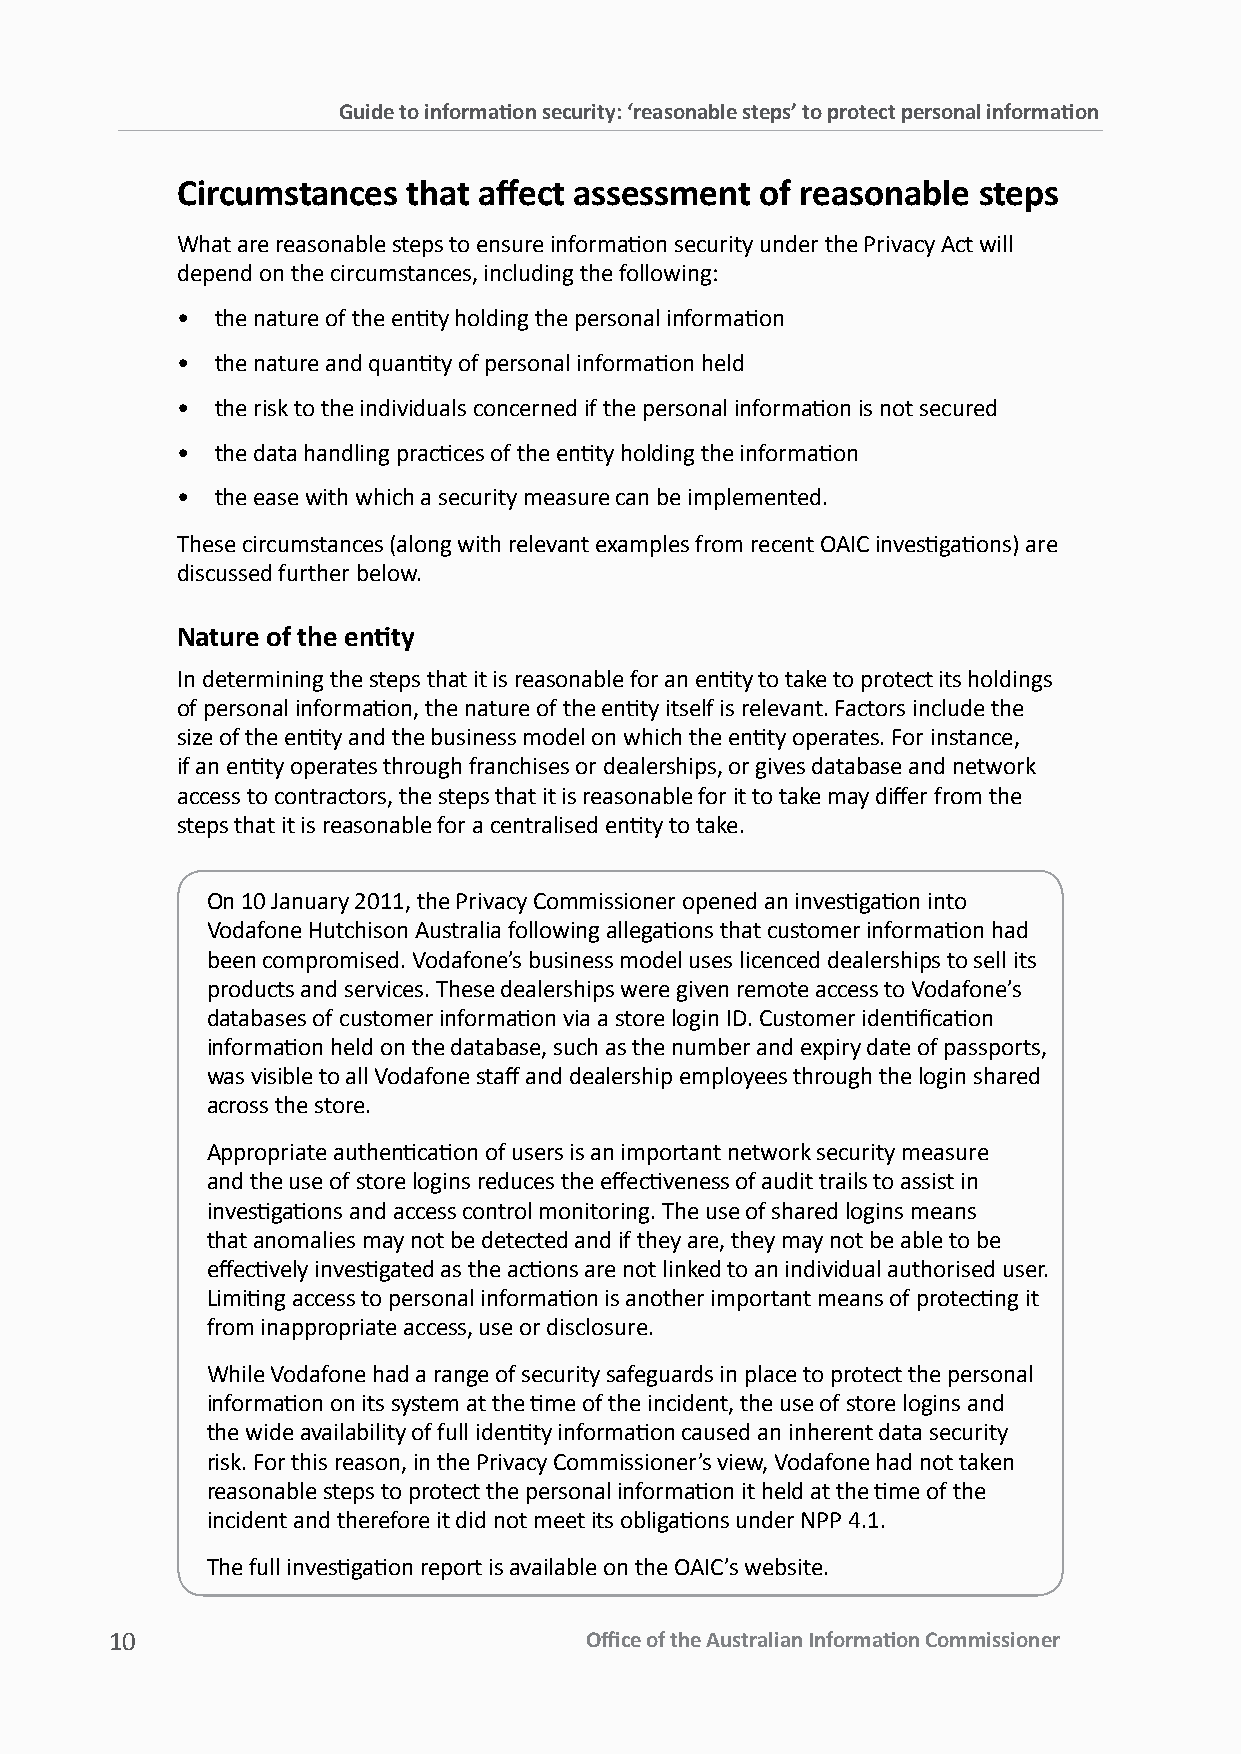
Guide to information security: ‘reasonable steps’ to protect personal information
 Circumstances  that affect assessment of reasonable  steps
 What are reasonable steps to ensure information security under the Privacy Act will
 depend on the circumstances, including the following:
 • the nature of the entity holding the personal information
 • the nature and quantity of personal information held
 • the risk to the individuals concerned if the personal information is not secured
 • the data handling practices of the entity holding the information
 • the ease with which a security measure can be implemented.
 These circumstances (along with relevant examples from recent OAIC investigations) are
 discussed further below.
 Nature of the entity
 In determining the steps that it is reasonable for an entity to take to protect its holdings
 of personal information, the nature of the entity itself is relevant. Factors include the
 size of the entity and the business model on which the entity operates. For instance,
 if an entity operates through franchises or dealerships, or gives database and network
 access to contractors, the steps that it is reasonable for it to take may differ from the
 steps that it is reasonable for a centralised entity to take.
 On 10 January 2011, the Privacy Commissioner opened an investigation into
 Vodafone Hutchison Australia following allegations that customer information had
 been compromised. Vodafone’s business model uses licenced dealerships to sell its
 products and services. These dealerships were given remote access to Vodafone’s
 databases of customer information via a store login ID. Customer identification
 information held on the database, such as the number and expiry date of passports,
 was visible to all Vodafone staff and dealership employees through the login shared
 across the store.
 Appropriate authentication of users is an important network security measure
 and the use of store logins reduces the effectiveness of audit trails to assist in
 investigations and access control monitoring. The use of shared logins means
 that anomalies may not be detected and if they are, they may not be able to be
 effectively investigated as the actions are not linked to an individual authorised user.
 Limiting access to personal information is another important means of protecting it
 from inappropriate access, use or disclosure.
 While Vodafone had a range of security safeguards in place to protect the personal
 information on its system at the time of the incident, the use of store logins and
 the wide availability of full identity information caused an inherent data security
 risk. For this reason, in the Privacy Commissioner’s view, Vodafone had not taken
 reasonable steps to protect the personal information it held at the time of the
 incident and therefore it did not meet its obligations under NPP 4.1.
 The full investigation report is available on the OAIC’s website.
 10                              Office of the Australian Information Commissioner